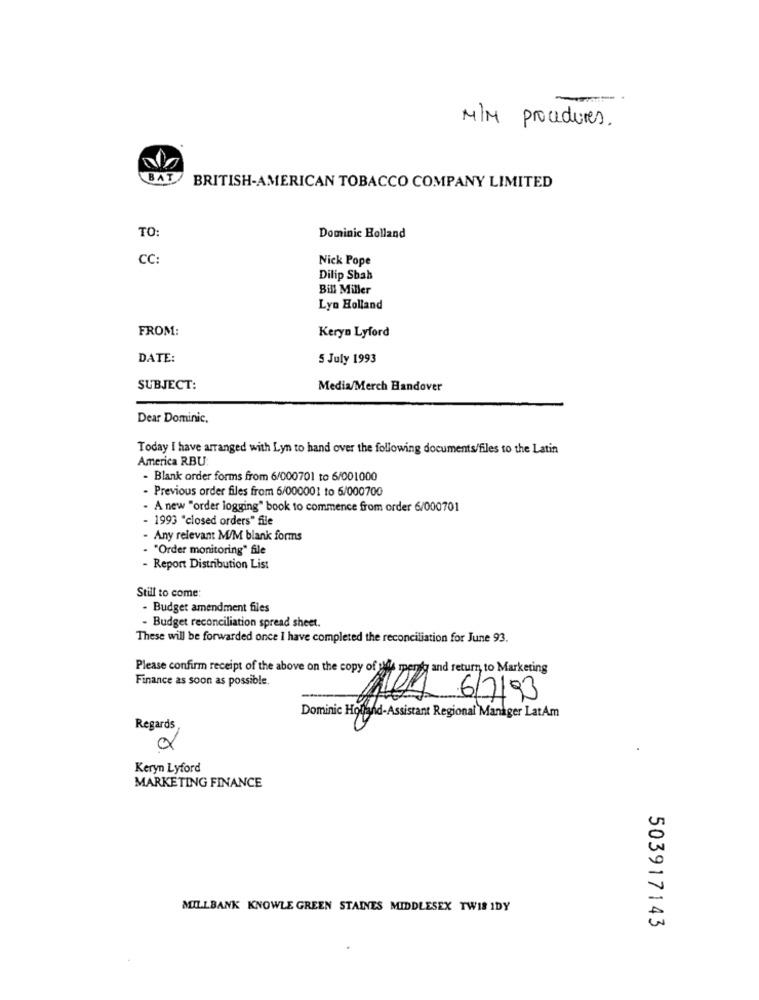
--
M/M procedures.
BAT
BRITISH-AMERICAN TOBACCO COMPANY LIMITED
TO:
Dominic Bolland
CC:
Nick Pope
Dilip Sbab
Bill Miller
Lyn Holland
FROM:
Keryn Lyford
DATE:
5 July 1993
SUBJECT:
Media/Merch Handover
Dear Dominic,
Today I have arranged with Lyn to hand over the following documents/files to the Latin
America RBU
- Blank order forms from 6/000701 to 6/001000
- Previous order files from 6/000001 to 6/000700
- A new "order logging" book to commence from order 6/000701
- 1993 "closed orders" file
- Any relevant M/M blank forms
"Order monitoring" file
- Report Distribution List
Still to come:
- Budget amendment files
- Budget reconciliation spread sheet.
These will be forwarded once I have completed the reconciliation for June 93.
Please confirm receipt of the above on the copy of aMe menty and return to Marketing
Finance as soon as possible.
Dominic Hotand-Assistant Regional Manager LatAm
Regards
Keryn Lyford
MARKETING FINANCE
MILLBANK KNOWLE GREEN STAINES MIDDLESEX TWIS IDY
503917143